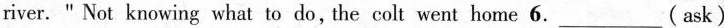
river." Not knowing what to do,the colt went home 6.___( ask)